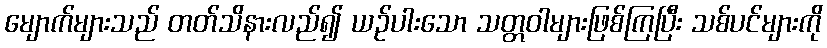
မျောက်များသည် တတ်သိနားလည်၍ ယဉ်ပါးသော သတ္တဝါများဖြစ်ကြပြီး သစ်ပင်များကို